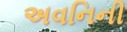
અવનિની